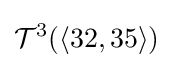
{\mathcal {T}}^{3}(\langle 32,35\rangle )